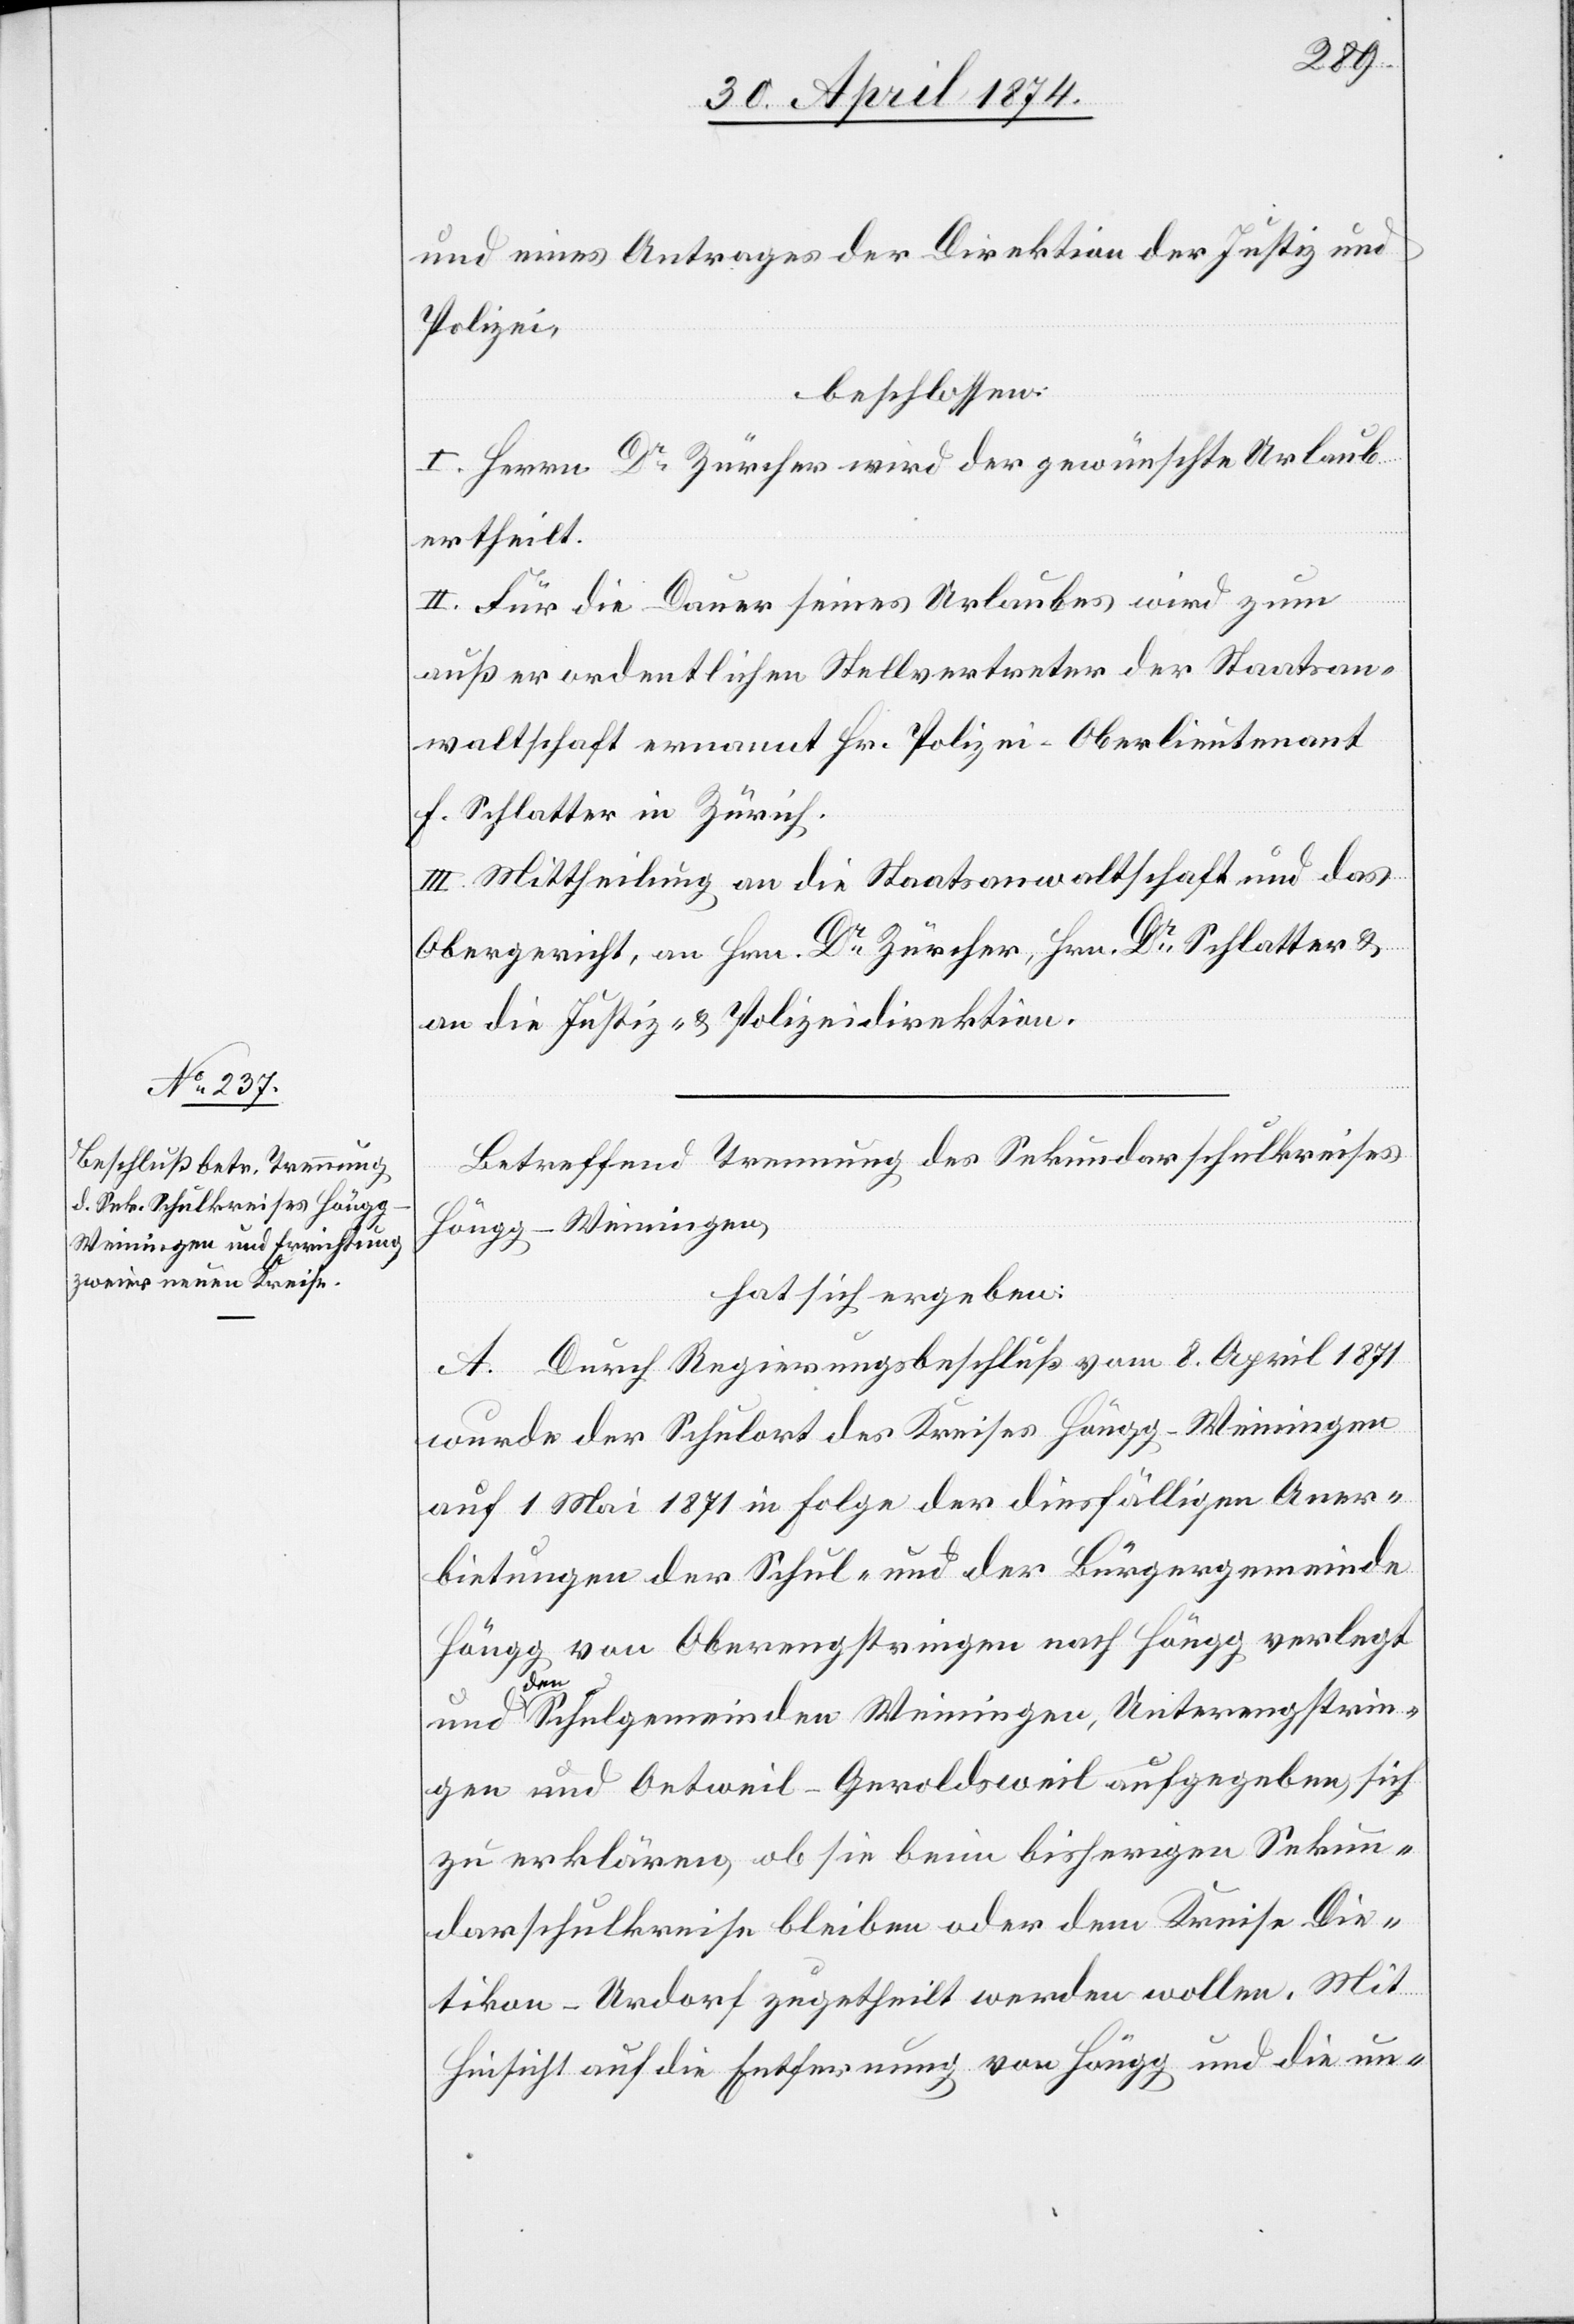
und eines Antrages der Direktion der Justiz und
Polizei,
beschlossen:
I. Herrn Dr Zürcher wird der gewünschte Urlaub
ertheilt.
II. Für die Dauer seines Urlaubes wird zum
außerordentlichen Stellvertreter der Staatsan¬
waltschaft ernannt Hr. Polizei-Oberlieutenant
F. Schlatter in Zürich.
III. Mittheilung an die Staatsanwaltschaft und das
Obergericht, an Hrn. Dr Zürcher, Hrn. Dr Schlatter u.
an die Justiz- u. Polizeidirektion.
Betreffend Trennung des Sekundarschulkreises
Höngg-Weiningen,
hat sich ergeben:
A. Durch Regierungsbeschluß vom 8. April 1871
wurde der Schulort des Kreises Höngg.Weiningen
auf 1. Mai 1871 in Folge der diesfälligen Aner¬
bietungen der Schul- und der Bürgergemeinde
Höngg von Oberengstringen nach Höngg verlegt
de¬
n Schulgemeinden Weiningen, Unterengstrin¬
gen und Oetweil-Geroldsweil aufgegeben, sich
zu erklären, ob sie beim bisherigen Sekun¬
darschulkreise bleiben oder dem Kreise Die¬
tikon-Urdorf zugetheilt werden wollen. Mit
Hinsicht auf die Entfernung von Höngg und die un-